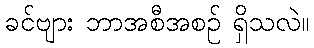
ခင်ဗျား ဘာအစီအစဉ် ရှိသလဲ။